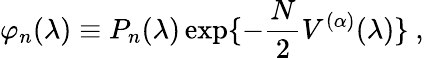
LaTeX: \varphi_{n}(\lambda)\equiv P_{n}(\lambda)\exp\{ -\frac{N}{2}V^{(\alpha)}(\lambda)\} \ ,